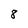
Character: 8